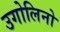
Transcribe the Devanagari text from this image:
उगोलिनो